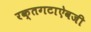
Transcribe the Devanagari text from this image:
रक्तगटाऐवजी